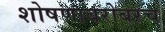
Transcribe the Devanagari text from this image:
शोषणाबरोबरच